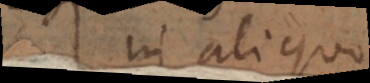
in aliquo